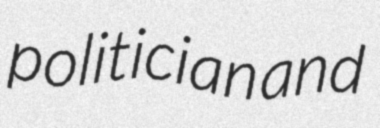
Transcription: politician and